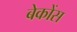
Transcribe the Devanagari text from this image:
बेकोंस